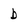
Character: b